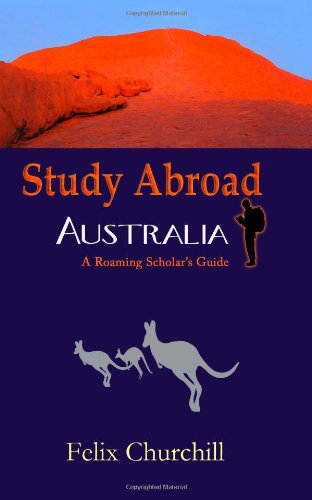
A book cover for Study Abroad Australia: A Roaming Scholar's Guide; Felix Churchill; Travel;